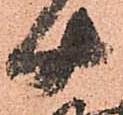
十